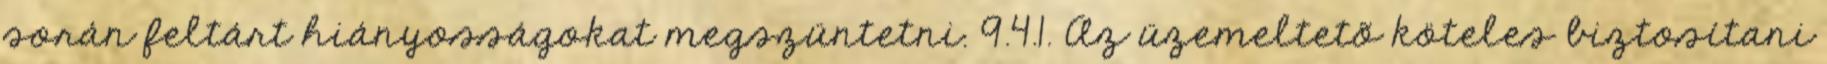
során feltárt hiányosságokat megszüntetni. 9.4.1. Az üzemeltetõ köteles biztosítani